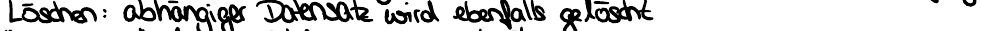
Löschen: abhängiger Datensatz wird ebenfalls gelöscht